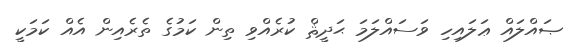
ޞައްލައް ޢަލައިހި ވަސައްލަމަ ޙަދީޘް ކުރެއްވި ތިން ކަމުގެ ތެރެއިން އެއް ކަމަކީ